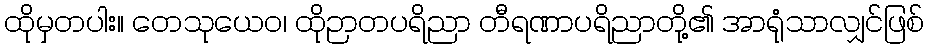
ထိုမှတပါး။ တေသုယေဝ၊ ထိုဉာတပရိညာ တီရဏာပရိညာတို့၏ အာရုံသာလျှင်ဖြစ်